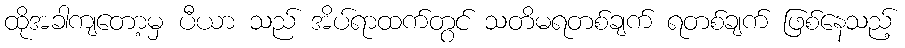
ထိုအခါကျတော့မှ ပီယာ သည် အိပ်ရာထက်တွင် သတိမရတစ်ချက် ရတစ်ချက် ဖြစ်နေသည့်